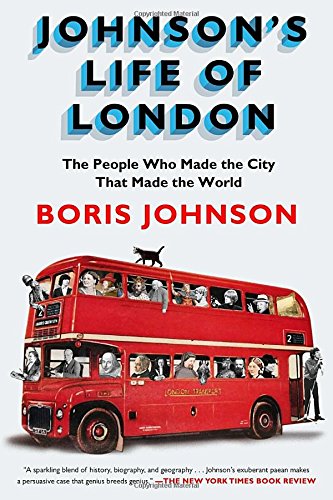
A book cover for Johnson's Life of London: The People Who Made the City that Made the World; Boris Johnson; History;